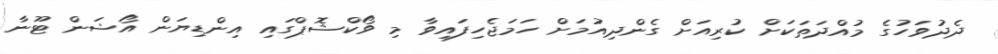
ދެދުވަހުގެ މުއްދަތަކަށް ކުރިއަށް ގެންދިއުމަށް ހަމަޖެހިފައިވާ މި ވޯކްޝޮޕްގައި އިންޑިޔަން އޯޝަން ޓޫނާ